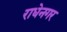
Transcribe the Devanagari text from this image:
राधेनगर